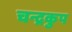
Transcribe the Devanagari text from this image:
चन्द्रकुप